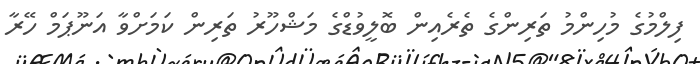
ފިލްމުގެ މުހިންމު ތަރިންގެ ތެރެއިން ބޮލީވުޑްގެ މަޝްހޫރު ތަރިން ކަމަށްވާ އަނޫޕަމް ހޭރާ